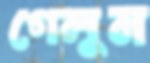
গেলুম